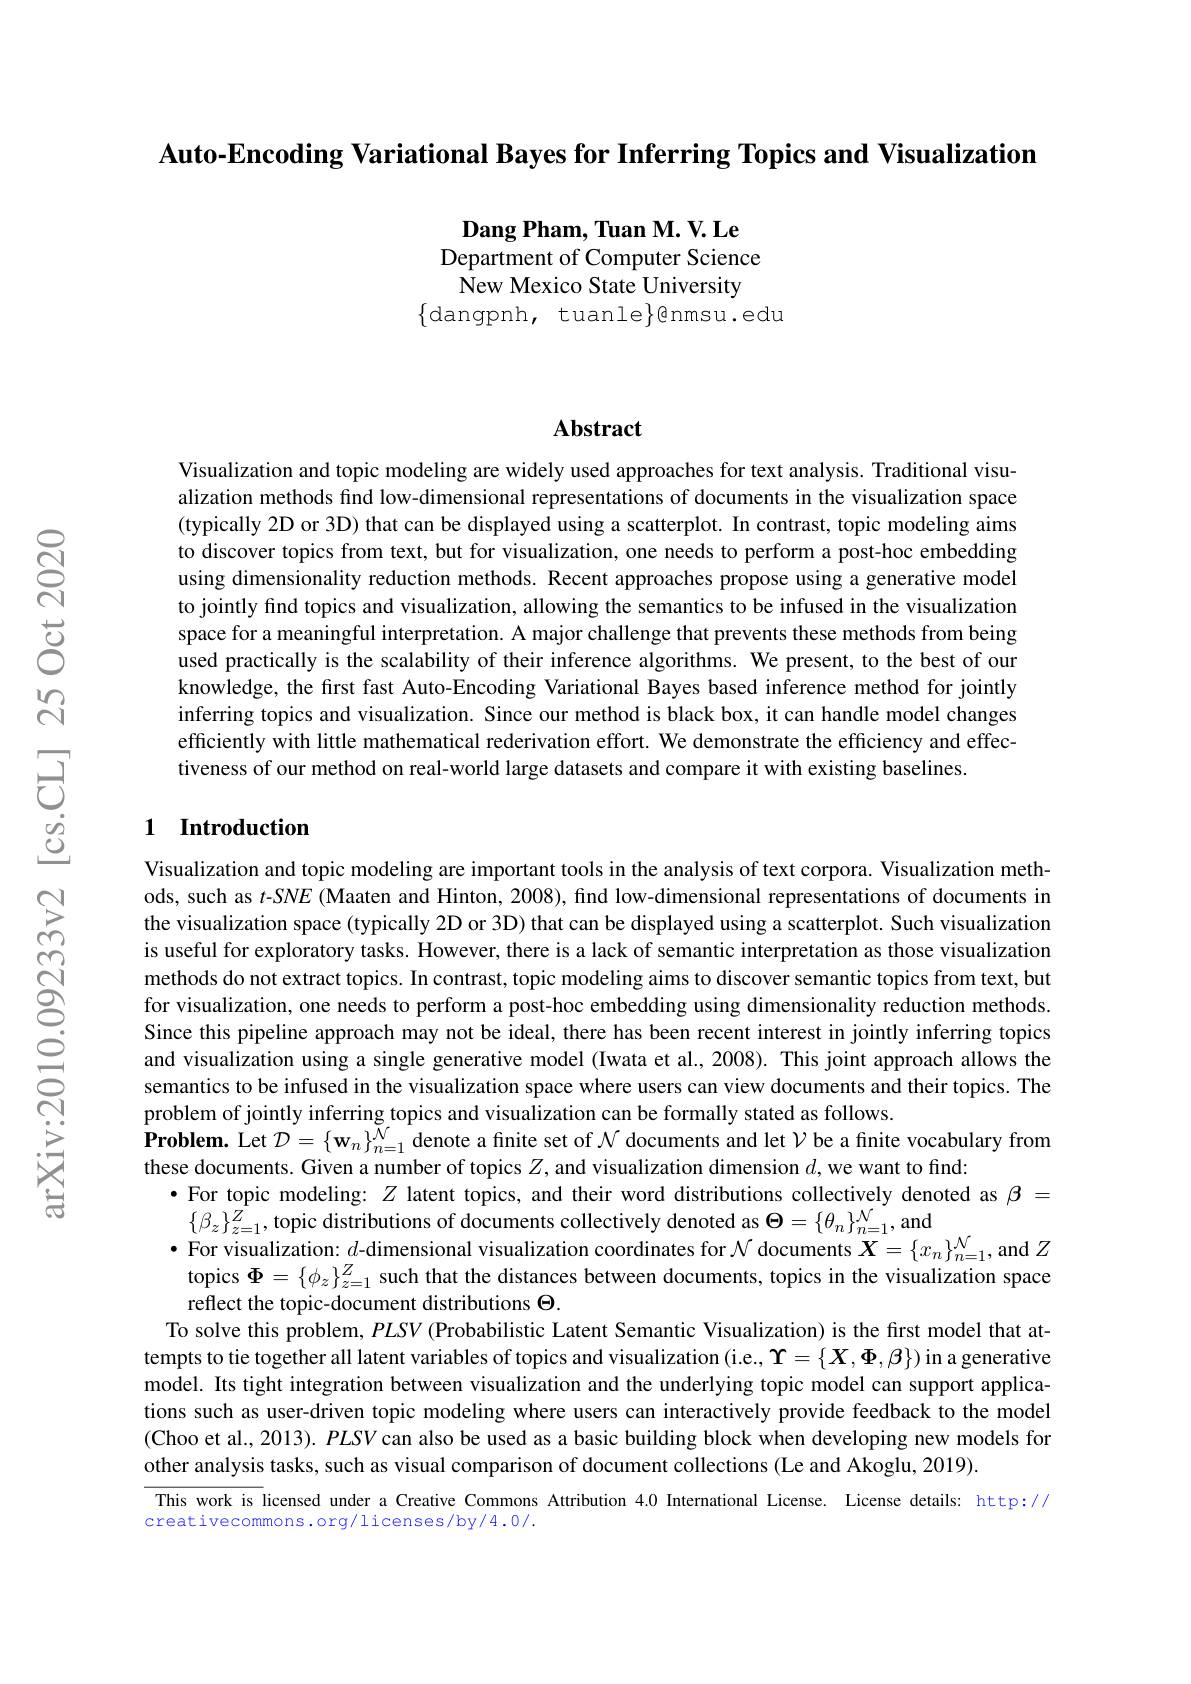
$\textbf{Auto- Encoding Variational Bayes for Inferring Topics and Visualization}$

$\textbf{Dang Pham, Tuan M. V. Le}$ Department of Computer Science New Mexico State University
$\{$dangpnh, tuanle$\}$enmsu.edu

## $\mathbf{Abstract}$

Visualization and topic modeling are widely used approaches for text analysis. Traditional visualization methods find low-dimensional representations of documents in the visualization space (typically 2D or 3D) that can be displayed using a scatterplot. In contrast, topic modeling aims to discover topics from text, but for visualization, one needs to perform a post-hoc embedding using dimensionality reduction methods. Recent approaches propose using a generative model to jointly find topics and visualization, allowing the semantics to be infused in the visualization space for a meaningful interpretation. A major challenge that prevents these methods from being used practically is the scalability of their inference algorithms. We present, to the best of our knowledge, the first fast Auto-Encoding Variational Bayes based inference method for jointly inferring topics and visualization. Since our method is black box, it can handle model changes efficiently with little mathematical rederivation effort. We demonstrate the efficiency and effectiveness of our method on real-world large datasets and compare it with existing baselines.

### 1 Introduction

Visualization and topic modeling are important tools in the analysis of text corpora. Visualization methods, such as $t$-SNE (Maaten and Hinton, 2008), find low-dimensional representations of documents in the visualization space (typically 2D or 3D) that can be displayed using a scatterplot. Such visualization is useful for exploratory tasks. However, there is a lack of semantic interpretation as those visualization methods do not extract topics. In contrast, topic modeling aims to discover semantic topics from text, but for visualization, one needs to perform a post-hoc embedding using dimensionality reduction methods. Since this pipeline approach may not be ideal, there has been recent interest in jointly inferring topics and visualization using a single generative model (Iwata et al., 2008). This joint approach allows the semantics to be infused in the visualization space where users can view documents and their topics. The problem of jointly inferring topics and visualization can be formally stated as follows.
Problem. Let $\mathcal{D}=\{\mathbf{w}_n\}_{n=1}^{\mathcal{N}}$ denote a finite set of $\mathcal{N}$ documents and let $\mathcal{V}$ be a finite vocabulary from
these documents. Given a number of topics $Z$, and visualization dimension $d$,we want to find:
·For topic modeling: $Z$ latent topics, and their word distributions collectively denoted as $\beta=$
$\{\beta_z\}_{z=1}^{Z}$,topic distributions of documents collectively denoted as $\Theta=\{\theta_n\}_n=1^{N}$, and
$\bullet$ For visualization: $d$-dimensional visualization coordinates for $\mathcal{N}$ documents $\boldsymbol{X}=\{x_n\}_{n=1}^{\mathcal{N}}$, and $Z$ topics $\Phi=\{\phi_z\}_{z=1}^Z$ such that the distances between documents, topics in the visualization space reflect the topic-document distributions $\Theta.$
To solve this problem, $PLSV$ (Probabilistic Latent Semantic Visualization) is the first model that attempts to tie together all latent variables of topics and visualization (i.e., $\Upsilon=\{X,\Phi,\beta\})$ in a generative model. Its tight integration between visualization and the underlying topic model can support applications such as user-driven topic modeling where users can interactively provide feedback to the model (Choo et al., 2013). PLSV can also be used as a basic building block when developing new models for other analysis tasks, such as visual comparison of document collections (Le and Akoglu, 2019).
This work is licensed under a Creative Commons Attribution 4.0 International License. License details: http://
creativecommons.org/licenses/by/4.0/.